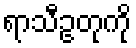
ရာသီဥတုကို